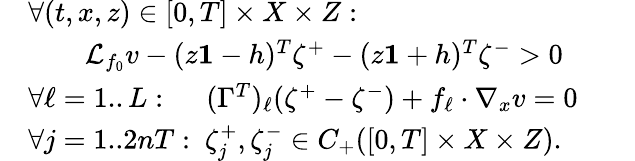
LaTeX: \begin{array}{rlrl}&{\forall(t,x,z)\in[0,T]\times X\times Z:}\\ &{\qquad\mathcal{L}_{f_{0}}v-(z\mathbf{1}-h)^{T}\zeta^{+}-(z\mathbf{1}+h)^{T}\zeta^{-}>0}\\ &{\forall\ell=1..L:\quad\ (\Gamma^{T})_{\ell}(\zeta^{+}-\zeta^{-})+f_{\ell}\cdot\nabla_{x}v=0}&&{}\\ &{\forall j=1..2nT:\ \zeta_{j}^{+},\zeta_{j}^{-}\in C_{+}([0,T]\times X\times Z).}\end{array}